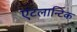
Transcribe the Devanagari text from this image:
एंटलान्टिक